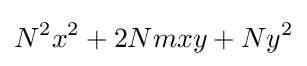
N^{2}x^{2}+2Nmxy+Ny^{2}